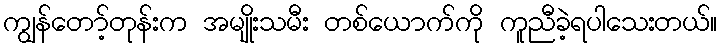
ကျွန်တော့်တုန်းက အမျိုးသမီး တစ်ယောက်ကို ကူညီခဲ့ရပါသေးတယ်။